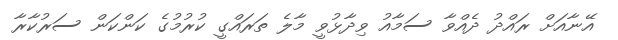
އޭނާއަށް ރައްދު ދެއްވާ ސަމާއު ވިދާޅުވީ މާލެ ތަރައްގީ ކުރުމުގެ ކަންކަން ސަރުކާރާ